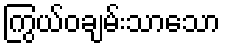
ကြွယ်ဝချမ်းသာသော